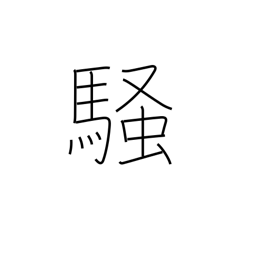
Meaning: excite